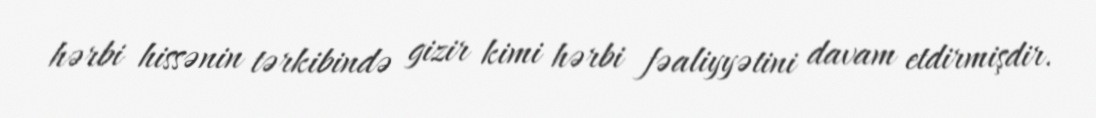
hərbi hissənin tərkibində gizir kimi hərbi fəaliyyətini davam etdirmişdir.